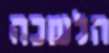
הלשכה